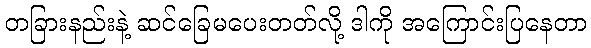
တခြားနည်းနဲ့ ဆင်ခြေမပေးတတ်လို့ ဒါကို အကြောင်းပြနေတာ